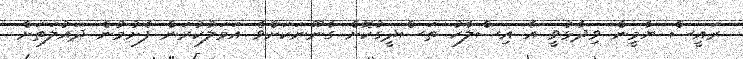
ރައީސް ޔާމީން ވިދާޅުވީ އެ އިސްލާހު ތަސްދީގުކޮށް ގާނޫނަކަށްވެ އަމަލުކުރަން ފެށުމުން ދައުލަތަށް